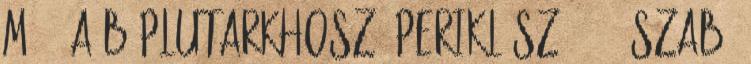
m. ^ a b Plutarkhosz, Periklész, 9. ↑ Szabó